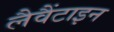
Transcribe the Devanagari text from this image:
लैवैंटाइन